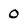
Character: 0